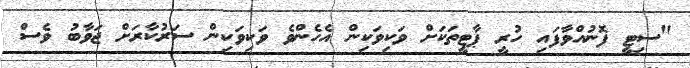
"ސިޓީ ފޮނުއްވާފައި ހުރީ ޕާޓީތަކަށް ވަކިވަކިން އެހެންވެ ވަކިވަކިން ސަރުކާރަށް ޖަވާބު ވެސް